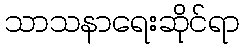
သာသနာရေးဆိုင်ရာ